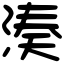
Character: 湊